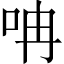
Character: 呥